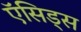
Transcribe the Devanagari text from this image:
ऍसिड्स